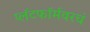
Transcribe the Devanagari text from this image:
प्लॅटफॉर्मवरचं